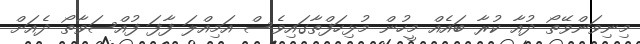
މިިނިވަންވޭތޯ ދުއާ ކުރާ ބައެއް މީހުން މުޅިހަފްތާގައިވެސް އަމިއްލަ ފާފަ ފުއްސަވާތޯ ދެއަށް